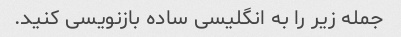
جمله زیر را به انگلیسی ساده بازنویسی کنید.